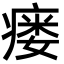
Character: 瘘